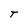
Character: T